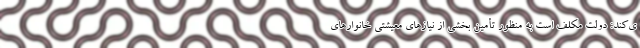
ی‌کند: دولت مکلف است به منظور تأمین بخشی از نیازهای معیشتی خانوارهای